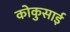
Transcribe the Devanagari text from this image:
कोकुसाई